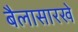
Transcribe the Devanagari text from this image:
बैलासारखे